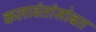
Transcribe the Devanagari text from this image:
कलावंतांसोबत